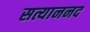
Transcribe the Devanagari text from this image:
सत्याननद